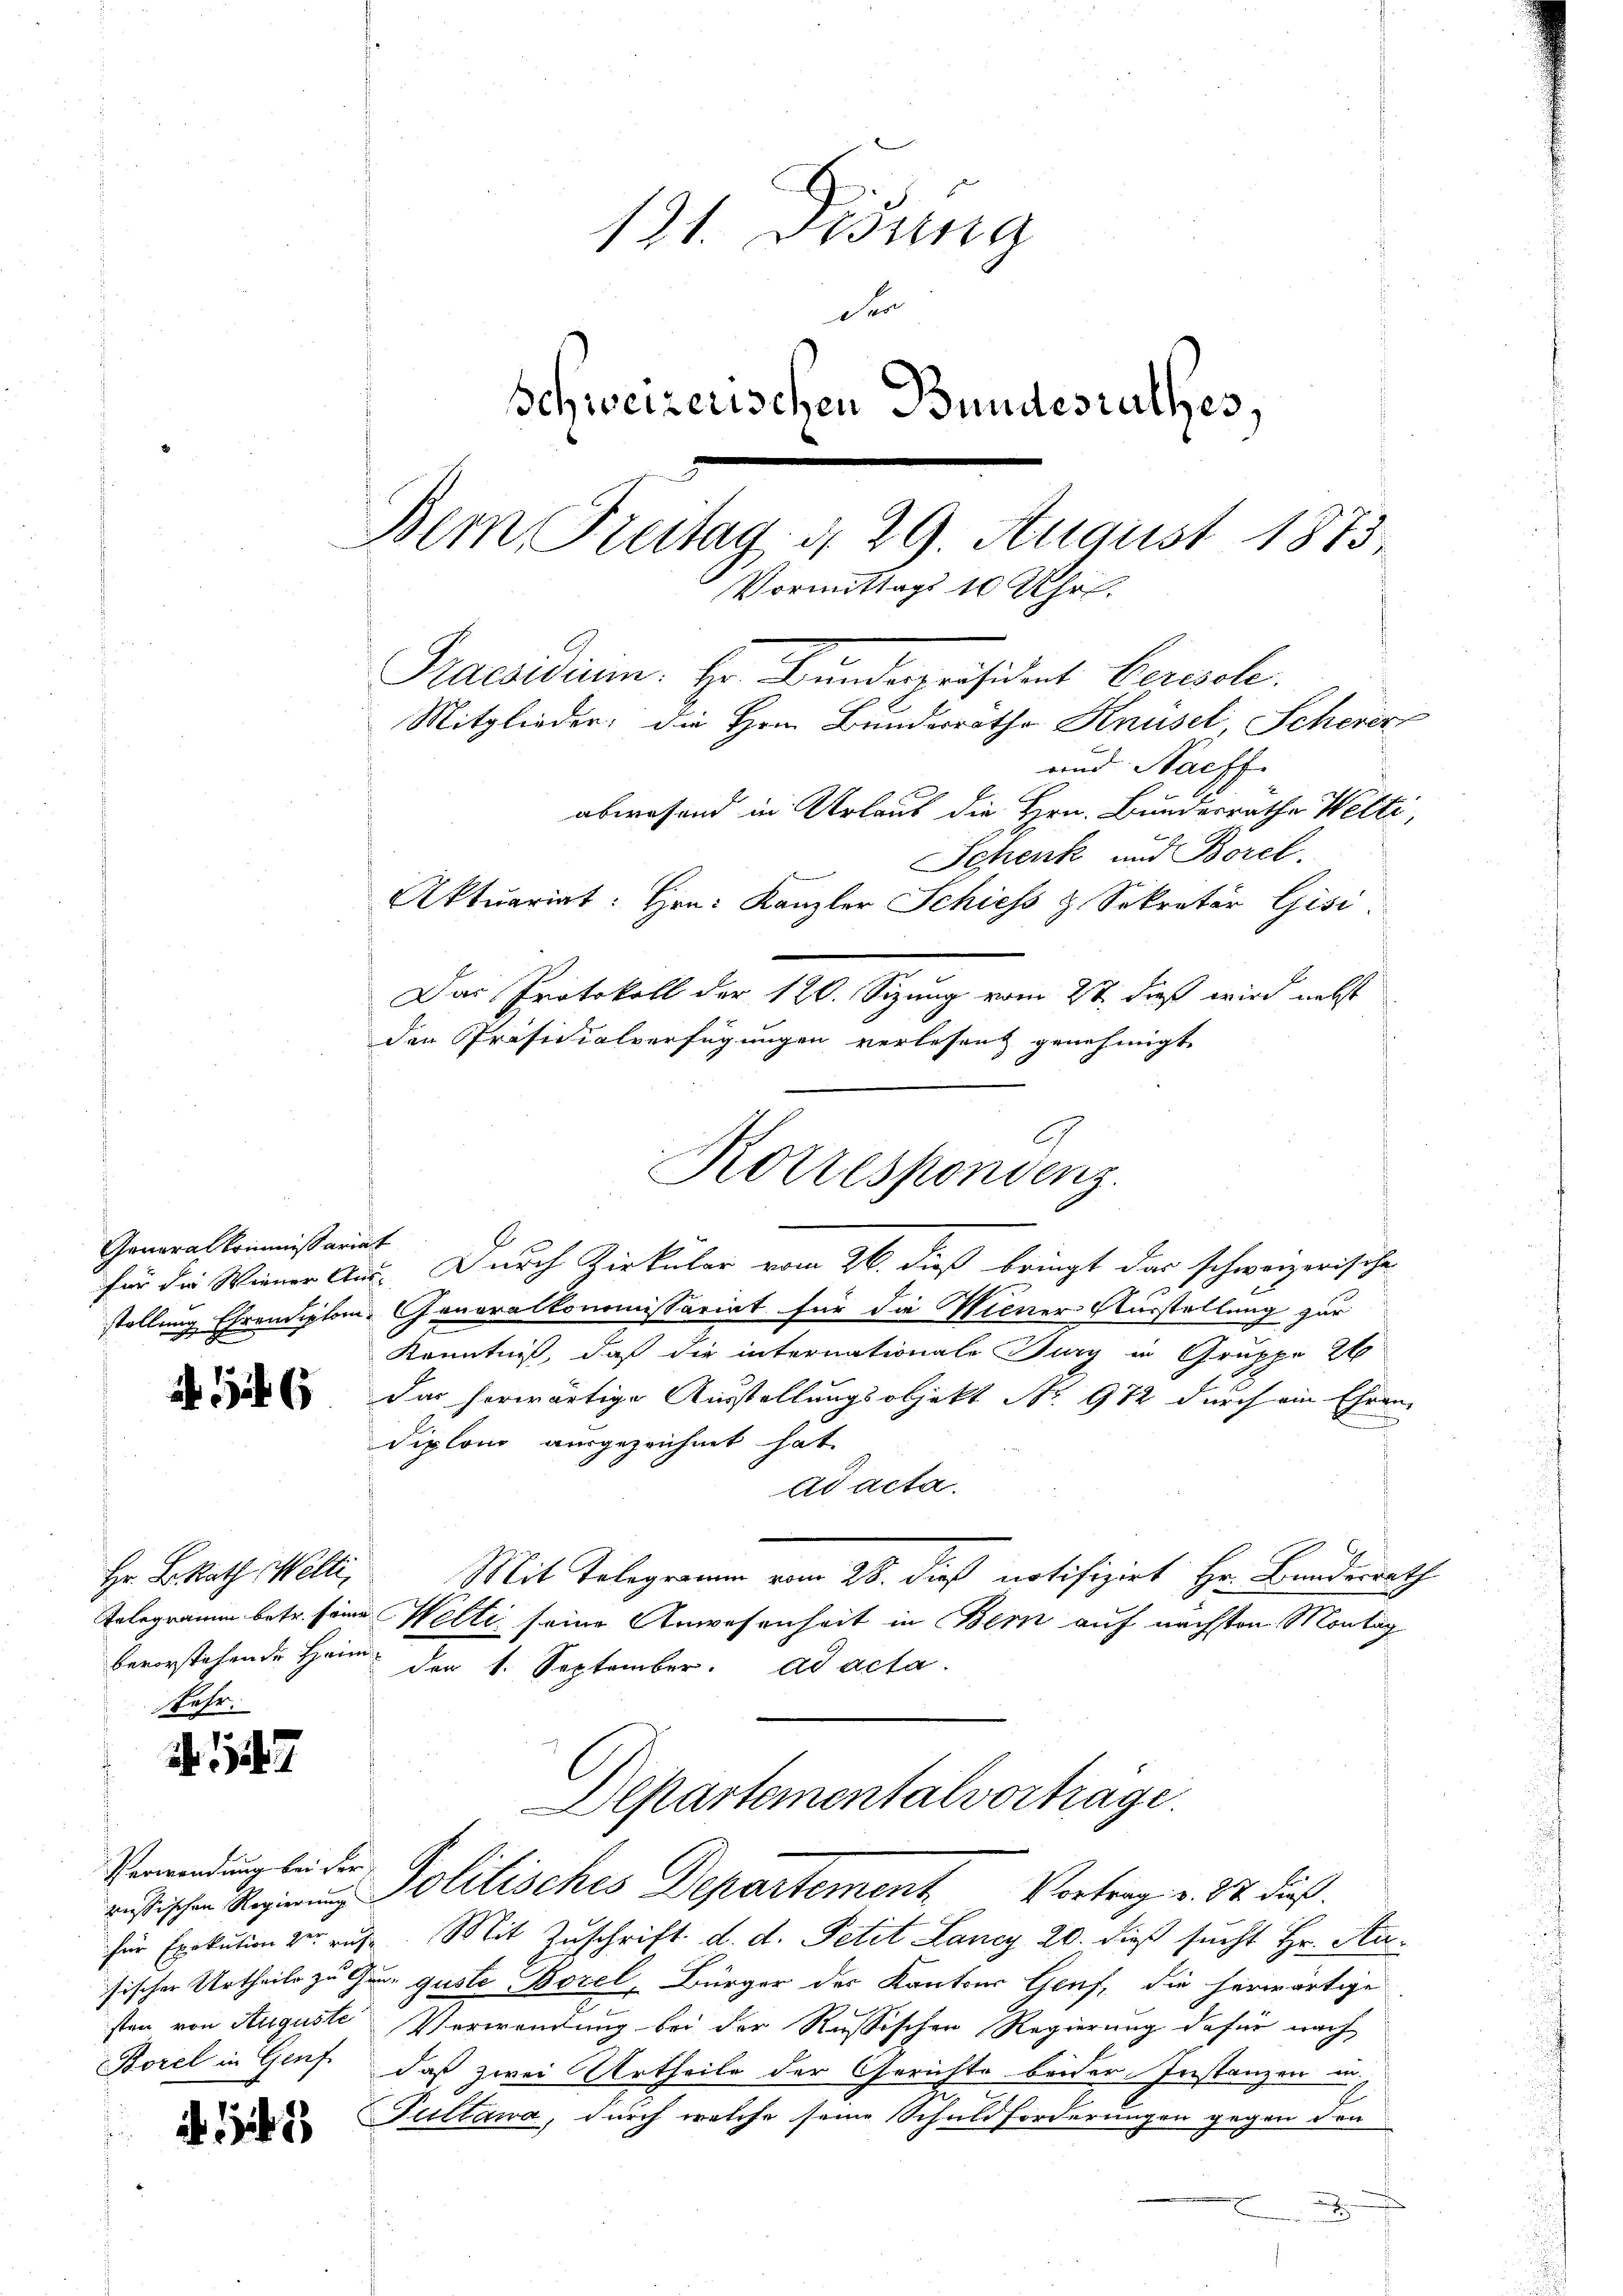
Generalkommissariat

6

Hr. B. Rath Welti,
ehr.

17

Verwendung bei der
sten von Auguste
Borel in Genf

15

121. Disung
der
Schweizerischen Bundesrathes,
Bem Freitag d. 29. August 1873.
Praesidium. Hr. Bundespräsident berische.
Mitglieder; die Herrn Bunderräthe Knüsel, Scherer
und Nachf
abwesend in Urlaub die Hrn. Bundesräthe Welti,
Schenk und Borel.
Aktuariat: Hrn. Kanzler Schiess & Sekretär Gisi
Das Protokoll der 120. Sizung vom 2t dieß wird nebst
den Präsidialverfügungen verlesent genehmigt.

7
stellung Ehrendigtem Generalkommissariat für die Wiener Ausstellung zur
Kenntniß, daß die internationale Jury in Gruppe 26
Das horwärtige Ausstellungsobjekt Nr. 972 durch ein Ehren
diplon ausgezeichnet hat.
ad acta.
Mit Telegramm vom 28. dieß notifizirt Hr. Bundesrath
Telegramm betr. seine Welti seine Anwesenheit in Bern auf nächsten Montag
bevorstehende Heim den 1. September. ad acta
Departementalvorträge.
ristischen Regien Politisches Departement. Vortrag v. 31. dieß.
für Exekution der rufe. Mit Zuschrift d. d. Petit Lancy 20. dieß sucht Hr. Ausischer Urtheile zu Graz guste Borel, Bürger der Kantons Genf, die herwärtige
Verwandung bei der Russischen Regierung dafür nach
daß zwei Urtheile der Gerichte beider Instanzen in
E
Tullawa, durch welche seine Schuldforderungen gegen den
F
x

Rottespondenz.
für die Wiener Aus. Durch Zirküler vom 26. dieß bringt das schweizerische

Vormittags 10 Uhr.

B